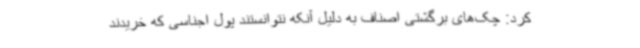
کرد: چک‌های برگشتی اصناف به دلیل آنکه نتوانستند پول اجناسی که خریدند